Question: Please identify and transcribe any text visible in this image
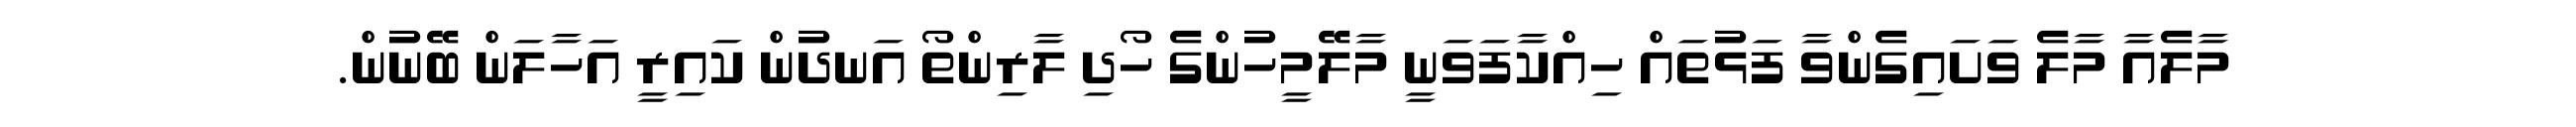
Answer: މާލެއާ މާލެ ވަށައިގެންވާ ފަޅުތައް ހިއްކާފަވަނީ މާލޭމީހުންގެ ހޯދި ލާރިންތޯ އަނދުން ކައިރީ އަހާލަން ބޭނުން.